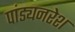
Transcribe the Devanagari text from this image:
पांड्यनरेश